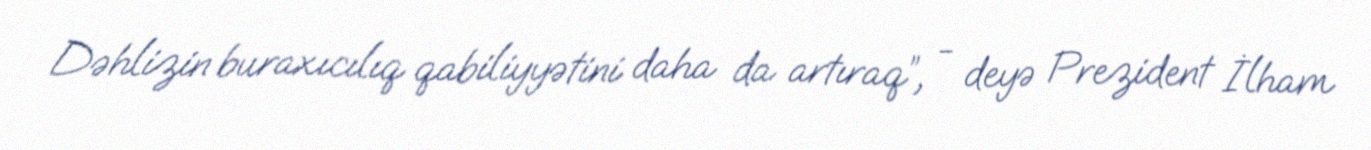
Dəhlizin buraxıcılıq qabiliyyətini daha da artıraq”, - deyə Prezident İlham